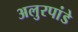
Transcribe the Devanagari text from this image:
अलुरपांडे